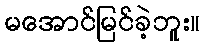
မအောင်မြင်ခဲ့ဘူး။